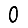
Digit: 0